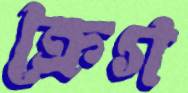
ক্রেগ